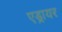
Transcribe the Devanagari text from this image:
एड्रायर